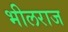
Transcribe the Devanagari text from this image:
भीलराज